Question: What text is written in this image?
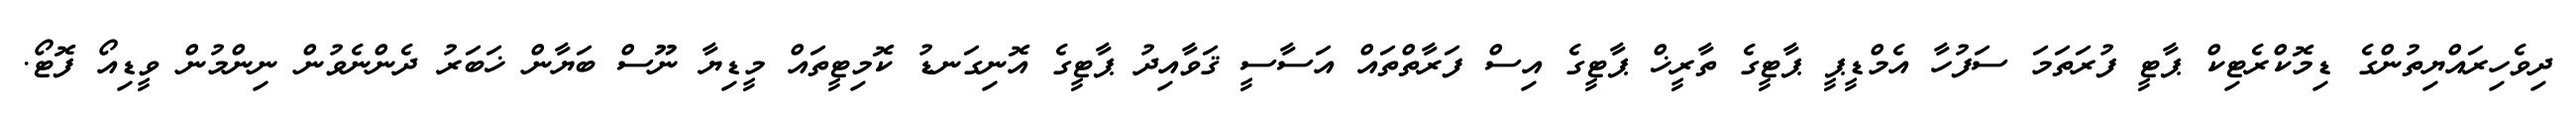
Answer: ދިވެހިރައްޔިތުންގެ ޑިމޮކްރެޓިކް ޕާޓީ ފުރަތަމަ ސަފުހާ އެމްޑީޕީ ޕާޓީގެ ތާރީޚް ޕާޓީގެ އިސް ފަރާތްތައް އަސާސީ ޤަވާއިދު ޕާޓީގެ އޮނިގަނޑު ކޮމިޓީތައް މީޑިޔާ ނޫސް ބަޔާން ޚަބަރު ދެންނެވުން ނިންމުން ވީޑިއޯ ފޮޓޯ.